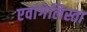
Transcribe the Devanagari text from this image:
एवांगेलिस्ता